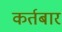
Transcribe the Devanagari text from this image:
कर्तबार